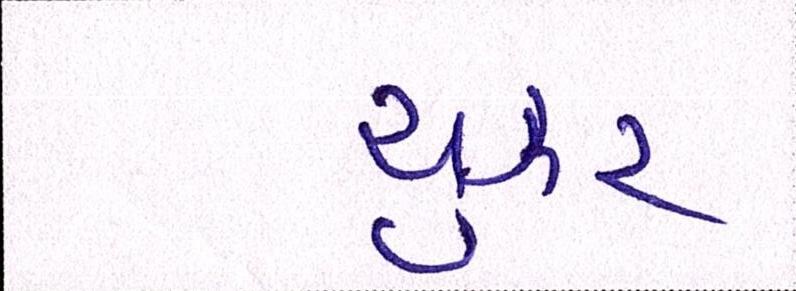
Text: યુઝર